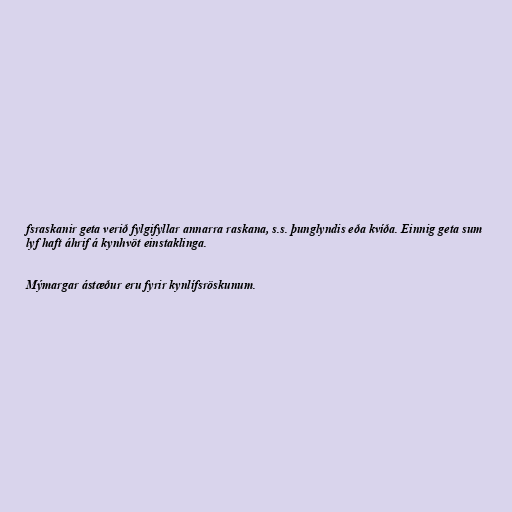
fsraskanir geta verið fylgifyllar annarra raskana, s.s. þunglyndis eða kvíða. Einnig geta sum
lyf haft áhrif á kynhvöt einstaklinga.

Mýmargar ástæður eru fyrir kynlífsröskunum.